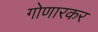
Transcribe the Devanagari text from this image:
गोणारकर